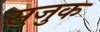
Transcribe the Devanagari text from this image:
सुजुक